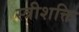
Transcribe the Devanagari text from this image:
स्त्रीशक्ति